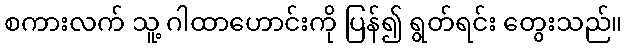
စကားလက် သူ့ ဂါထာဟောင်းကို ပြန်၍ ရွတ်ရင်း တွေးသည်။